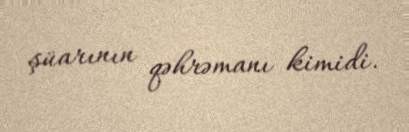
şüarının qəhrəmanı kimidi.